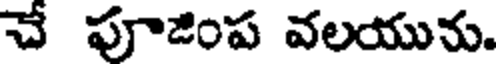
చే పూజింప వలయును.